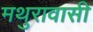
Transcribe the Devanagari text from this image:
मथुरावासी